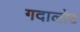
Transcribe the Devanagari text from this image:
गदालोट